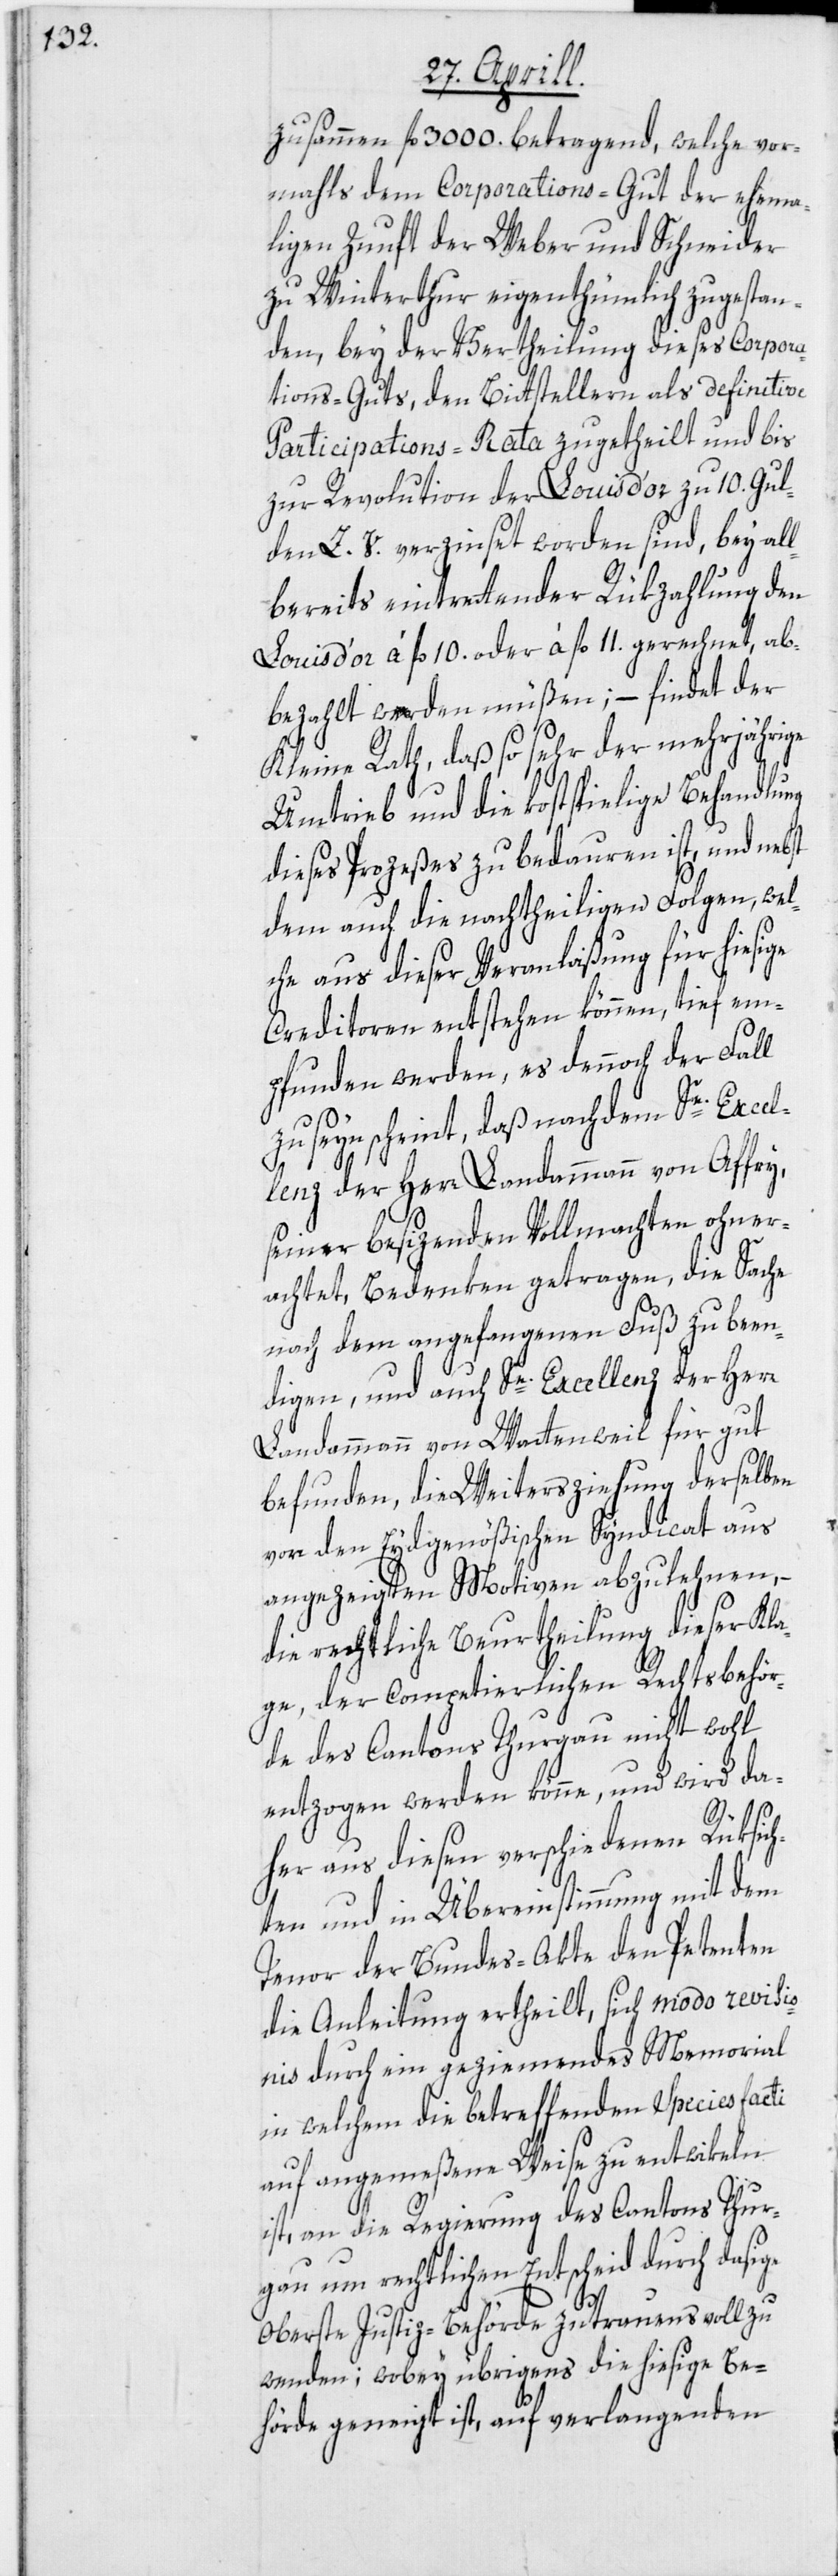
zusammen fl. 3000. betragend, welche vor¬
mahls dem Corporations-Gut der ehema¬
ligen Zunft der Weber und Schneider
zu Winterthur eigenthümlich zugestan¬
den, bey der Vertheilung dieses Corpora¬
tions-Guts, den Bittstellern als definitive
Participations-Rata zugetheilt und bis
zur Revolution der Louis d’or zu 10. Gul¬
den Z. V. verzinset worden sind, bey all¬
bereits eintrettender Rükzahlung den
Louis d’or à fl. 10. oder à fl. 11. gerechnet, ab¬
bezahlt werden müßen; – findet der
Kleine Rath, daß so sehr der mehrjährige
Umtrieb und die kostspielige Behandlung
dieses Prozeßes zu bedauren ist, und nebst
dem auch die nachtheiligen Folgen, wel¬
che aus dieser Veranlaßung für hiesige
Creditoren entstehen können, tief em¬
pfunden werden, es dennoch der Fall
zu seyn scheint, daß nachdem Se. Excel¬
lenz der Herr Landammann von Affry,
seiner besizenden Vollmachten ohner¬
achtet, Bedenken getragen, die Sache
nach dem angefangenen Fuß zu been¬
digen, und auch Se. Excellenz der Herr
Landammann von Wattenweil für gut
befunden, die Weitersziehung derselben
vor den Eydgenößischen Syndicat aus
angezeigten Motiven abzulehnen, –
die rechtliche Beurtheilung dieser Kla¬
ge, der competierlichen Rechtsbehör¬
de des Cantons Thurgau nicht wohl
entzogen werden könne, und wird da¬
her aus diesen verschiedenen Rüksich¬
ten und in Übereinstimmung mit dem
Tenor der Bundes-Akte den Petenten
die Anleitung ertheilt, sich modo revisio¬
nis durch ein geziemendes Memorial
in welchem die betreffenden Species facti
auf angemeßene Weise zu entwikeln
ist, an die Regierung des Cantons Thur¬
gau um rechtlichen Entscheid durch dasige
oberste Justiz-Behörde zutrauensvoll zu
wenden; wobey übrigens die hiesige Be¬
hörde geneigt ist, auf verlangenden